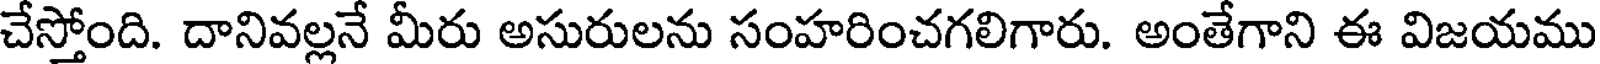
చేస్తోంది. దానివల్లనే మీరు అసురులను సంహరించగలిగారు. అంతేగాని ఈ విజయము